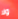
ولا